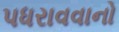
પધરાવવાનો